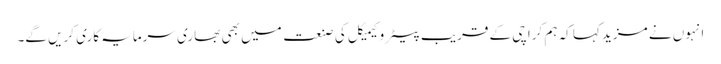
انہوں نے مزید کہا کہ ہم کراچی کے قریب پیٹرو کیمیکل کی صنعت میں بھی بھاری سرمایہ کاری کریں گے۔